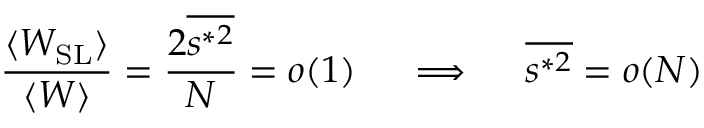
\frac { \langle W _ { \mathrm { S L } } \rangle } { \langle W \rangle } = \frac { 2 \overline { { s ^ { * 2 } } } } { N } = o ( 1 ) \quad \implies \quad \overline { { s ^ { * 2 } } } = o ( N )